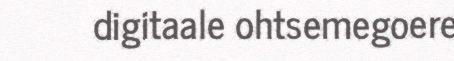
digitaale ohtsemegoere